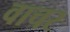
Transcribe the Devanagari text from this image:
वाचर